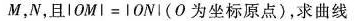
M，N，且 $$\left | O M \right | = \left | O N \right |$$ (O为坐标原点)，求曲线